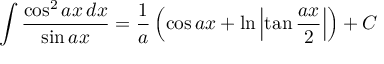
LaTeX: \int { \frac { \cos ^ { 2 } a x \, d x } { \sin a x } } = { \frac { 1 } { a } } \left( \cos a x + \ln \left| \tan { \frac { a x } { 2 } } \right| \right) + C